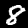
Label: 8